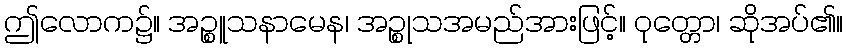
ဤလောက၌။ အဉ္စူသနာမေန၊ အဉ္စုသအမည်အားဖြင့်။ ဝုတ္တော၊ ဆိုအပ်၏။